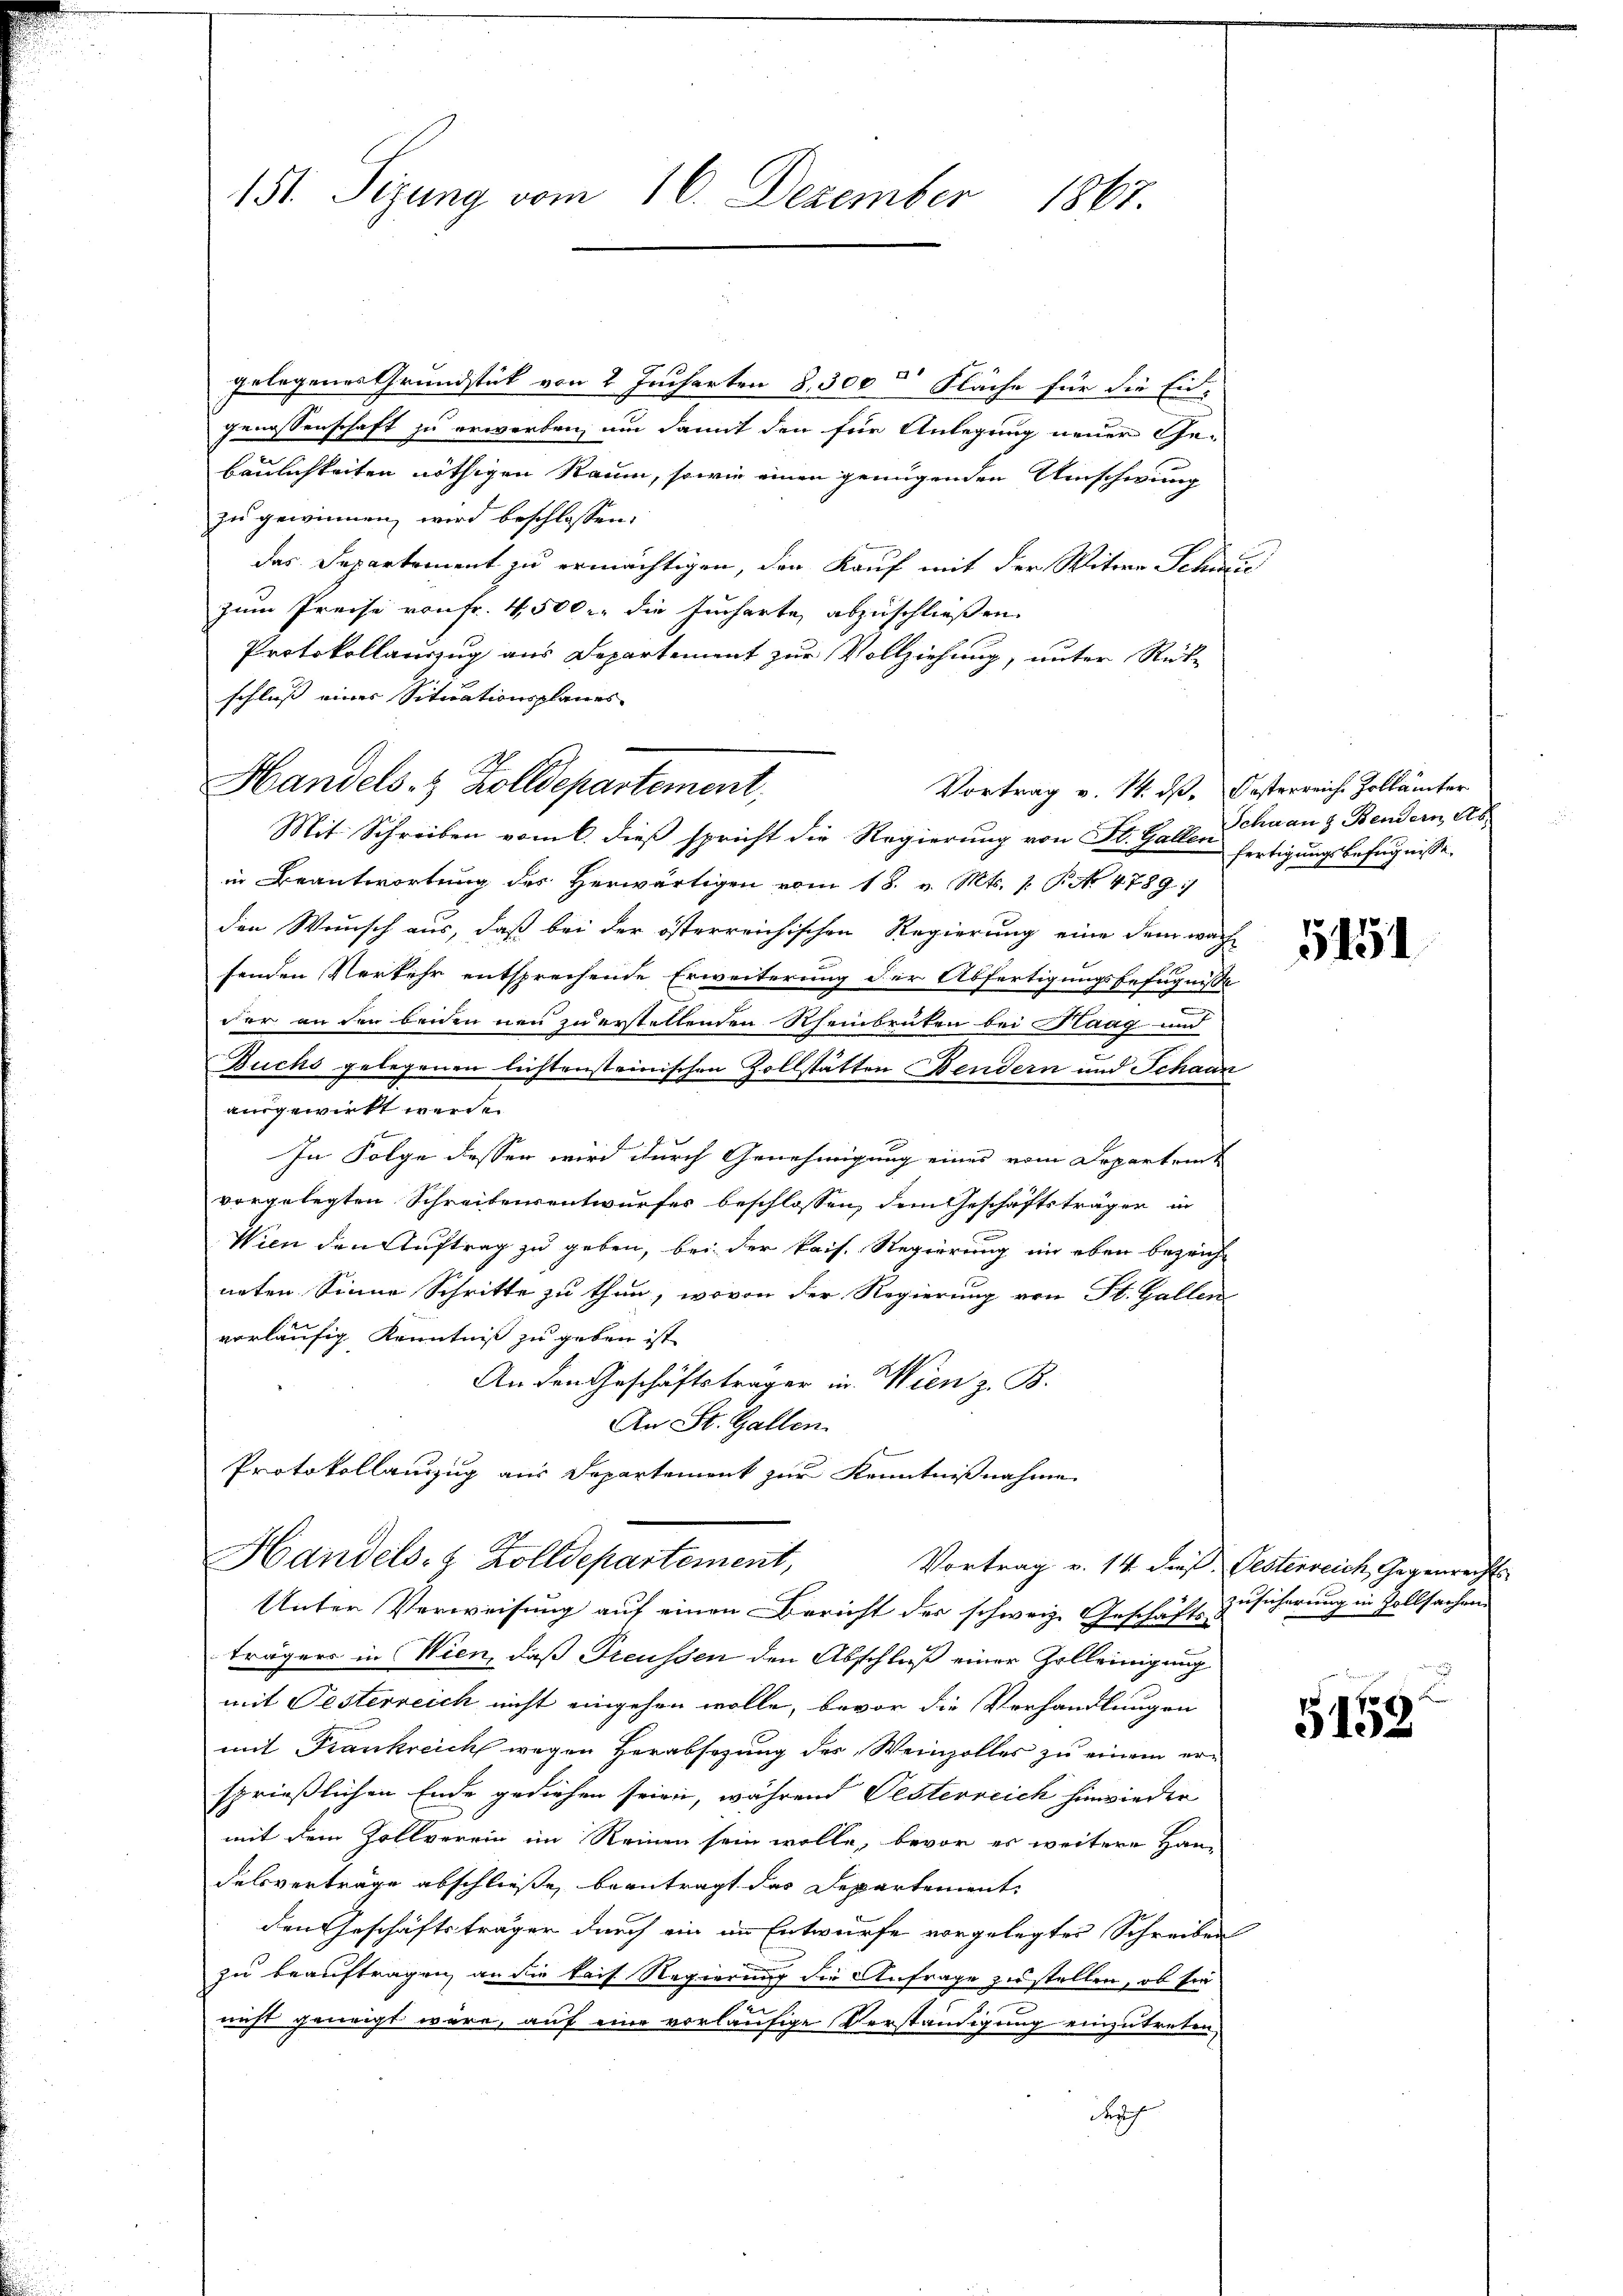
151. Sigung vom 16. Dezember
1867.

9
gelegenes Grundstück von 2 Jucharten 8,300 [Quadrath Fläche für die Eingenossenschaft zu erworben, um damit den für Anlegung neuer Ge-
baulichkeiten nöthigen Raum, sowie einen genügenden Umschwung
zu gewinnen, wird beschlossen:
das Departement zu ermächtigen, den Kauf mit der Witwe Schi
zum Preise von Fr. 4500. die Jucharte abzuschließen.
Protokollauszug aus Departement zur Vollziehung, unter Rück-
schliess einer Situationsplanes
Handels- & Zolldepartement,
Mit Schreiben vom 6. dieß spricht die Regierung von St. Gallen fertigungsbefugnisse.
in Beantwortung des Herwärtigen vom 18. v. Mts. 1. No. 4789/
den Wunsch aus, daß bei der österreichischen Regierung eine dem wach
senden Verkehr entsprechende Erweiterung der Abfertigungsbefugnisse
der an den beiden neu zu erstellenden Rheinbrüten bei Haag und
Buchs gelegenen lichtensteinischen Zollstätten Bendern und Schaan
ausgewirkt werde.
In Folge dessen wird durch Genehmigung eines vom Departem
vorgelegten Schreibensentwurfes beschlossen, dem Geschäftsträger in
Wien den Auftrag zu geben, bei der kais. Regierung in eben bezeich-
neten Sinne Schritte zu thun, wovon der Regierung von St. Gallen
vorläufig Kenntniß zu geben ist
An den Geschäftsträger in Wien z. B.
An St. Gallen.
Protokollauszug aus Departement zur Kenntnißnahme
Handels- & Zolldepartement,
Vortrag v. 14 dieß. Oesterreich, Gegenrecht
Unter Verweisung auf einen Bericht der schweiz. Geschäfts-Zusicherung in Zollsachen
trägers in Wien, daß Preussen den Abschluß einer Zelleinigung
mit Festerreich nicht eingehen wolle, bevor die Verhandlungen
mit Frankreich wegen Herabsezung des Weinzolles zu einem ersprießlichen Ende gediehen seien, während Gesterreich hinwieder
mit dem Zollverein im Reinen sein wolle, bevor es weitere Han-
delsverträge abschließe, beantragt das Departement
den Geschäftsträger durch ein im Entwurfe vorgelegter Schreiben
zu beauftragen, an die kais. Regierung die Anfrage zustellen, ob sie
u
nicht geneigt wäre, auf eine vorläufige Verständigung einzutreten
March

Vortrag v. 14. dß. Oesterreiche Zollämter
Schaanz Bendern Ab

5151

5153